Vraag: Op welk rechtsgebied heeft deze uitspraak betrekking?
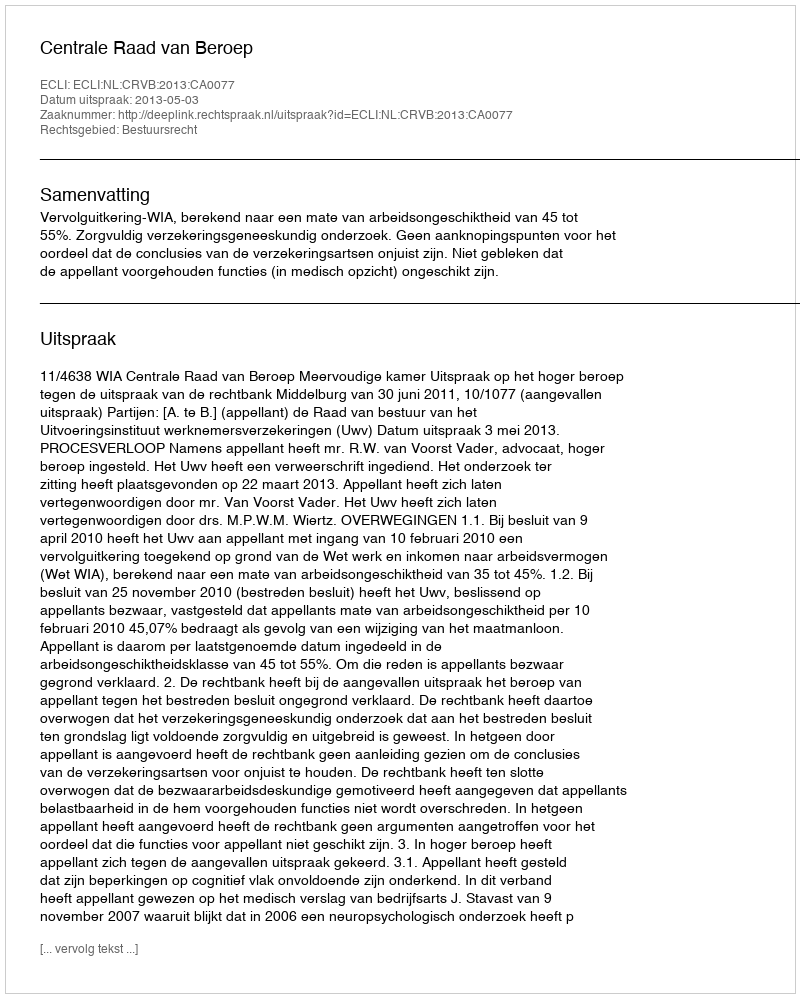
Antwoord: Bestuursrecht